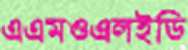
এএমওএলইডি